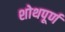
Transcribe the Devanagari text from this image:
शोथपूर्ण